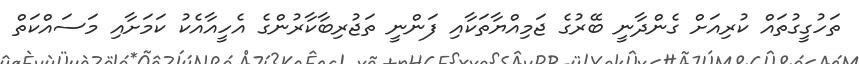
ތަހުގީގުތައް ކުރިއަށް ގެންދާނީ ބޭރުގެ ޖަމިއްޔާތަކާއި ފަންނީ ތަޖުރިބާކާރުންގެ އެހީއާއެކު ކަމަށާއި މަސައްކަތް